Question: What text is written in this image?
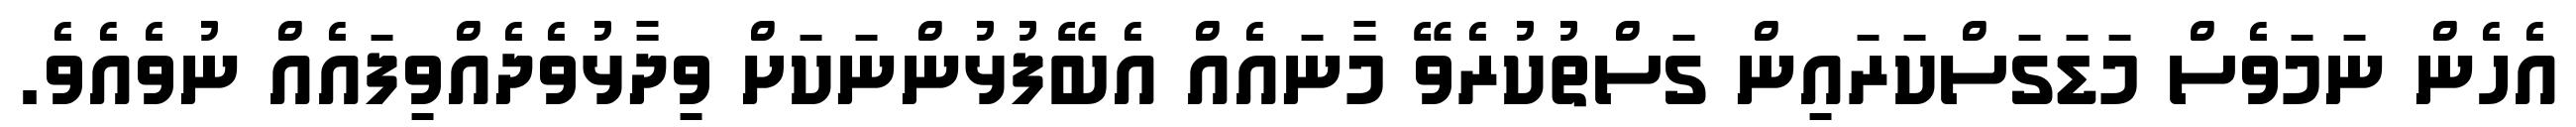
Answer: އެހެން ނަމަވެސް މަޑަގަސްކަރައިން ގަސްތުކުރެވޭ މާނައެއް އެބޭފުޅުންނަކަށް ވިދާޅުވެދެއްވިފައެއް ނުވެއެވެ.